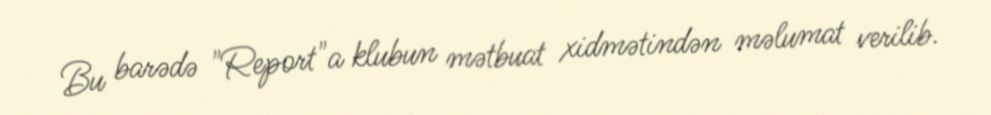
Bu barədə "Report"a klubun mətbuat xidmətindən məlumat verilib.